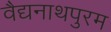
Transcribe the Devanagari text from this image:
वैद्यनाथपुरम